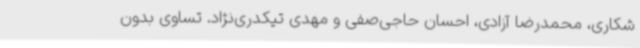
شکاری، محمدرضا آزادی، احسان حاجی‌صفی و مهدی تیکدری‌نژاد. تساوی بدون